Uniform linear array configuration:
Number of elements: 4
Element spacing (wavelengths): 0.5
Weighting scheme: uniform
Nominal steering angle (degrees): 15
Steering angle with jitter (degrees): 16.68
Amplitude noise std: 0.05
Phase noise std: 0.05

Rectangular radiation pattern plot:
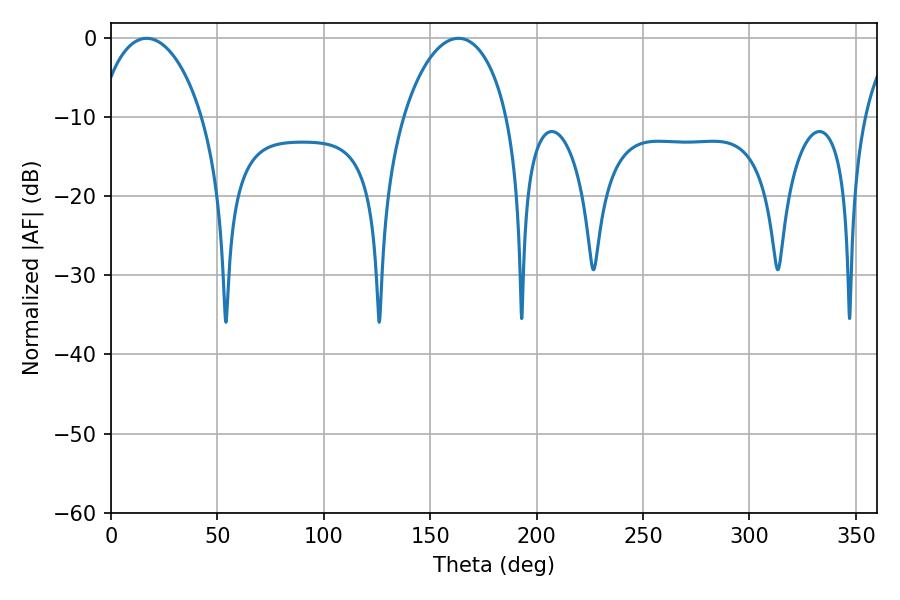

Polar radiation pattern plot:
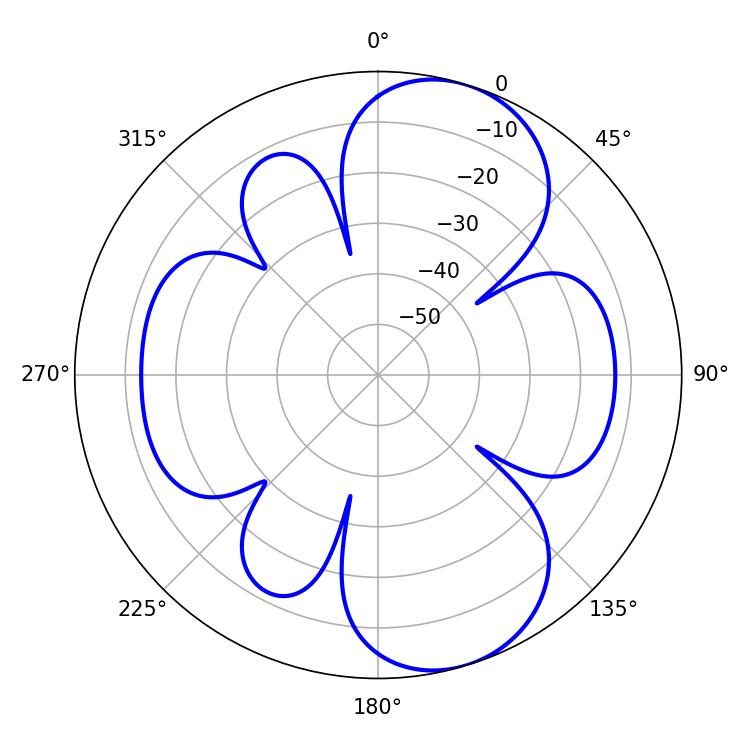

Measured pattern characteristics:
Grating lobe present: FALSE
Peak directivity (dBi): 8.643
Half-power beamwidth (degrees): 28.08
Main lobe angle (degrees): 16.74